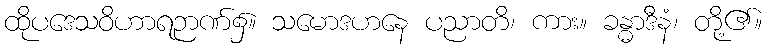
ထိုပဒေသဝိဟာရဉာဏ်၌။ သမောဒဟနေ ပညာတိ၊ ကား။ ခန္ဓာဒီနံ၊ တို့၏။